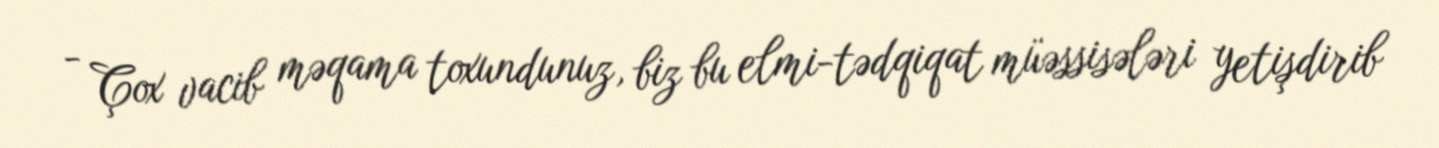
- Çox vacib məqama toxundunuz, biz bu elmi-tədqiqat müəssisələri yetişdirib